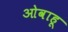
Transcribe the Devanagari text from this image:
ओवाहू